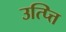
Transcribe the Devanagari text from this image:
उत्प्त्ति